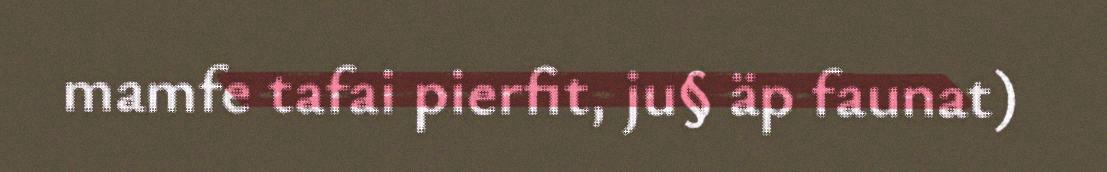
mamfe tafai pierfit, ju§ äp faunat)